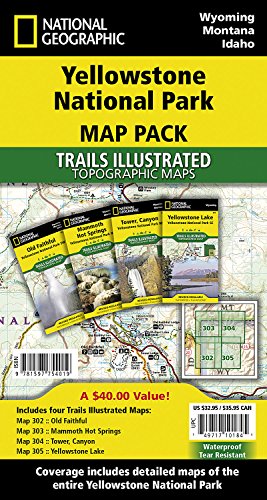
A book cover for Yellowstone National Park [Map Pack Bundle] (National Geographic Trails Illustrated Map); National Geographic Maps - Trails Illustrated; Reference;